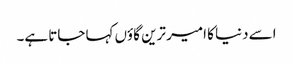
اسے دنیا کا امیر ترین گاؤں کہا جاتا ہے۔